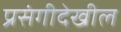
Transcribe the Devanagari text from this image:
प्रसंगीदेखील